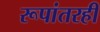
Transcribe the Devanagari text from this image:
रूपांतरही